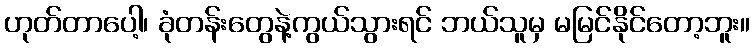
ဟုတ်တာပေါ့၊ ခုံတန်းတွေနဲ့ကွယ်သွားရင် ဘယ်သူမှ မမြင်နိုင်တော့ဘူး။